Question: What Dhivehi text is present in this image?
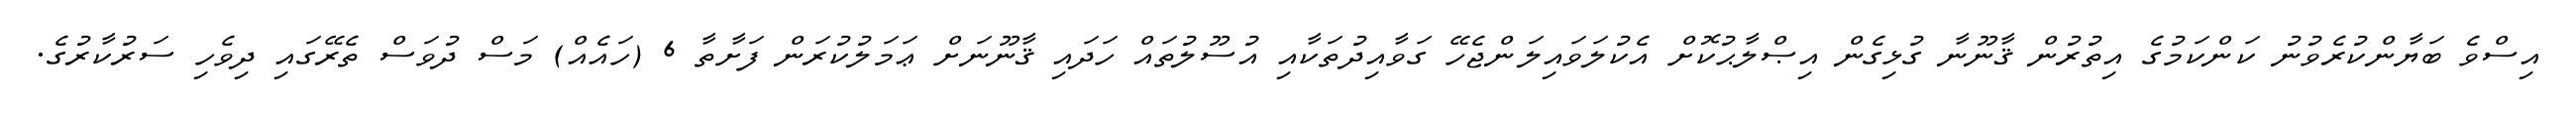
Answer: އިސްވެ ބަޔާންކުރެވުނު ކަންކަމުގެ އިތުރުން ޤާނޫނާ ގުޅިގެން އިޞްލާޙުކޮށް އެކުލަވައިލަންޖެހޭ ގަވާއިދުތަކާއި އުސޫލުތައް ހަދައި ޤާނޫނަށް ޢަމަލުކުރަން ފަށާތާ 6 (ހައެއް) މަސް ދުވަސް ތެރޭގައި ދިވެހި ސަރުކާރުގެ.